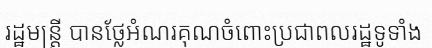
រដ្ឋមន្ត្រី បានថ្លែអំណរគុណចំពោះប្រជាពលរដ្ឋទូទាំង